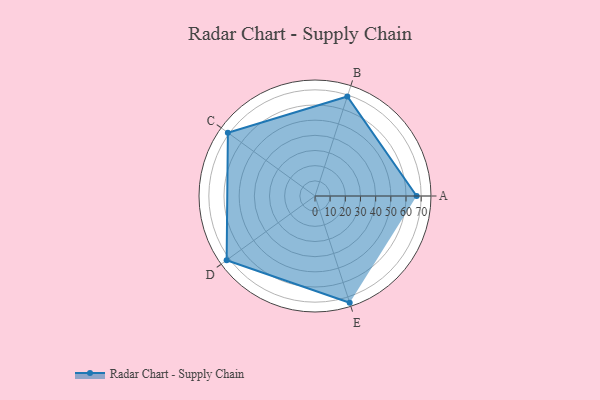
{"axis": {"x": "Skill", "y": "Score"}, "legend": ["Profile"], "data": [{"x": "A", "y": 67.0, "type": "Profile"}, {"x": "B", "y": 69.0, "type": "Profile"}, {"x": "C", "y": 71.0, "type": "Profile"}, {"x": "D", "y": 72.0, "type": "Profile"}, {"x": "E", "y": 74.0, "type": "Profile"}]}